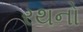
રથનો